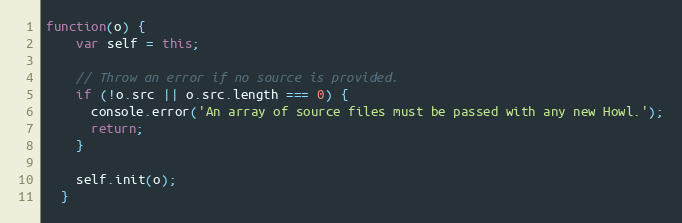
Language: JavaScript
function(o) {
    var self = this;

    // Throw an error if no source is provided.
    if (!o.src || o.src.length === 0) {
      console.error('An array of source files must be passed with any new Howl.');
      return;
    }

    self.init(o);
  }